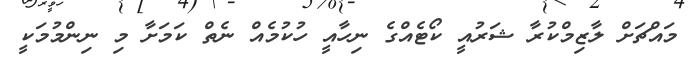
މައްޗަށް ލާޒިމްކުރާ ޝަރުއީ ކޯޓެއްގެ ނިހާއީ ހުކުމެއް ނެތް ކަމަށާ މި ނިންމުމަކީ